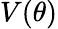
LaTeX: V(\theta)